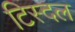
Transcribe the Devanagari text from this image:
टिस्दल